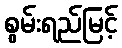
စွမ်းရည်မြင့်